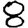
Digit: 8